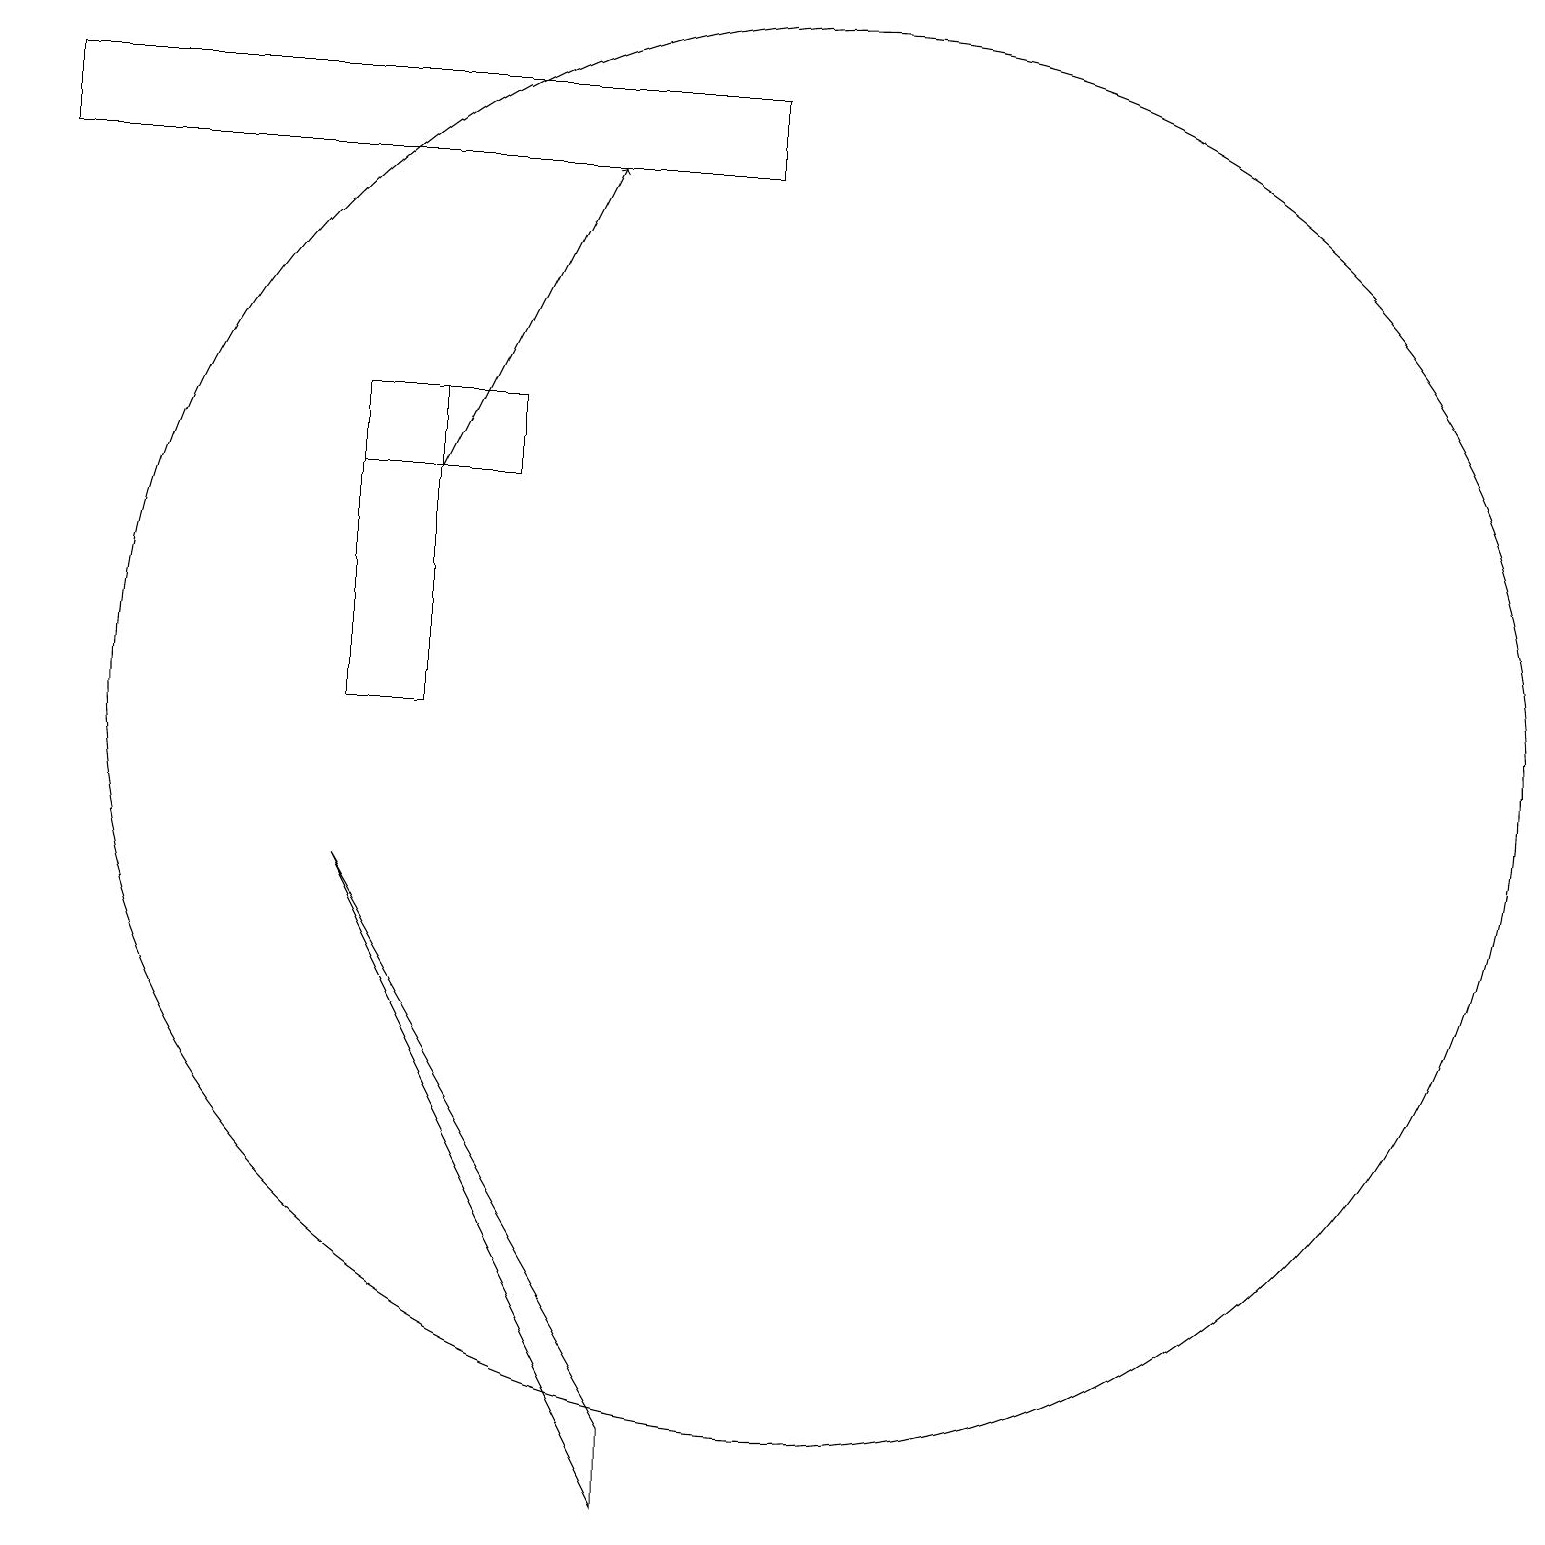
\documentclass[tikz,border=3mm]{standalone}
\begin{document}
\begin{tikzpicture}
\draw (10,10) circle (9);
\draw (0,18) rectangle (9,17);
\draw[->] (5,13) -- (7,17);
\draw (4,8) -- (8,0) -- (8,1) -- cycle;
\draw (5,14) rectangle (4,10);
\draw (4,14) rectangle (6,13);
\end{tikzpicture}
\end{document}